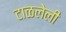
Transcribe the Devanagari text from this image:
टाळलेली